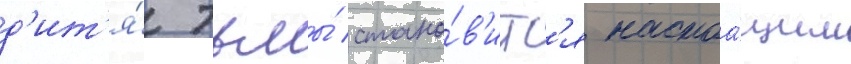
д'ит'я́ тьмы́ стано́в'итс'я настоа́щим